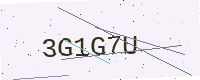
Text: 3G1G7U